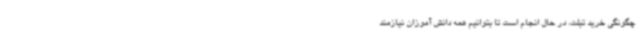
چگونگی خرید تبلت، در حال انجام است تا بتوانیم همه دانش آموزان نیازمند